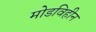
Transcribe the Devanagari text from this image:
मोडविहीन